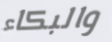
والبكاء